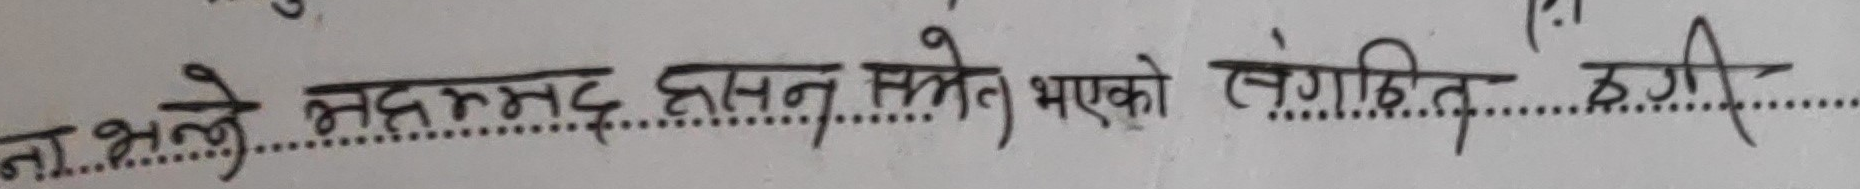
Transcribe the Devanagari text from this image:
ना.अ.ले भद्रभद हासन स्वेत भएको संग्ठित ठगी